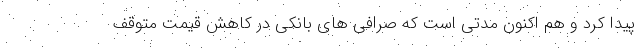
پیدا کرد و هم اکنون مدتی است که صرافی های بانکی در کاهش قیمت متوقف